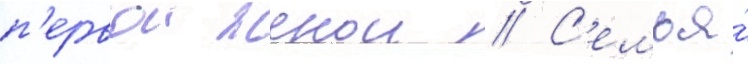
п'ервои женои // С'емья́